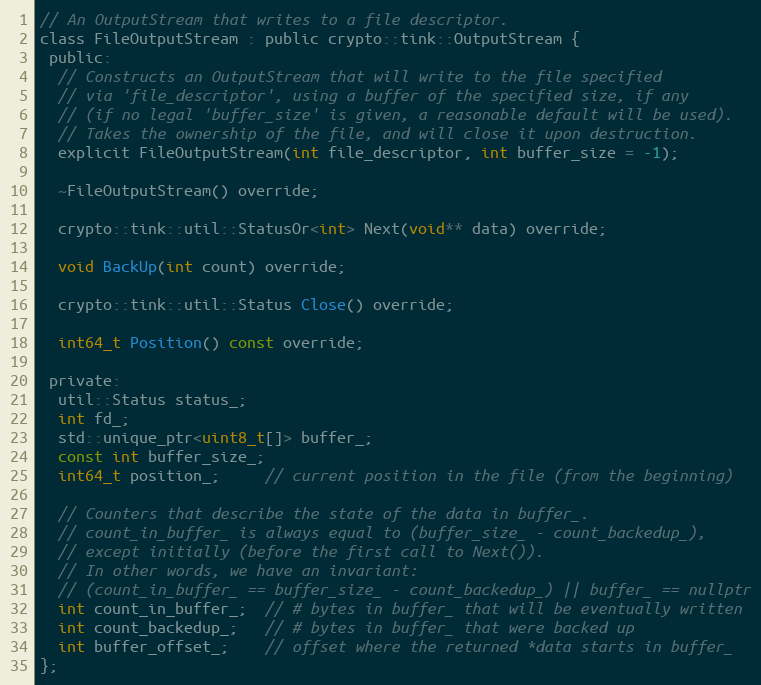
Language: C
// An OutputStream that writes to a file descriptor.
class FileOutputStream : public crypto::tink::OutputStream {
 public:
  // Constructs an OutputStream that will write to the file specified
  // via 'file_descriptor', using a buffer of the specified size, if any
  // (if no legal 'buffer_size' is given, a reasonable default will be used).
  // Takes the ownership of the file, and will close it upon destruction.
  explicit FileOutputStream(int file_descriptor, int buffer_size = -1);

  ~FileOutputStream() override;

  crypto::tink::util::StatusOr<int> Next(void** data) override;

  void BackUp(int count) override;

  crypto::tink::util::Status Close() override;

  int64_t Position() const override;

 private:
  util::Status status_;
  int fd_;
  std::unique_ptr<uint8_t[]> buffer_;
  const int buffer_size_;
  int64_t position_;     // current position in the file (from the beginning)

  // Counters that describe the state of the data in buffer_.
  // count_in_buffer_ is always equal to (buffer_size_ - count_backedup_),
  // except initially (before the first call to Next()).
  // In other words, we have an invariant:
  // (count_in_buffer_ == buffer_size_ - count_backedup_) || buffer_ == nullptr
  int count_in_buffer_;  // # bytes in buffer_ that will be eventually written
  int count_backedup_;   // # bytes in buffer_ that were backed up
  int buffer_offset_;    // offset where the returned *data starts in buffer_
};